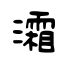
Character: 灀